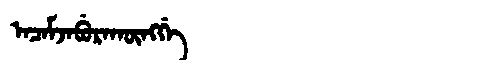
Manchu: ᠠᠴᠠᠮᠵᠠᠪᡠᡵᠠᡴᡡᠩᡤᡝ
Romanization: ACAMJABURAKŪNGGE